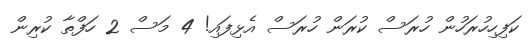
ކަފިހިހުރަހުން ހުރަސް ކުރަން ހުރަސް އެޅިފައި! 4 މަސް 2 ހަފްތާ ކުރިން